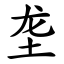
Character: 垄